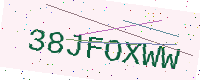
Text: 38JFOXWW